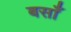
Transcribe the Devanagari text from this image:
बसाँ